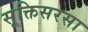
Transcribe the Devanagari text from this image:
सूक्तिसरसा